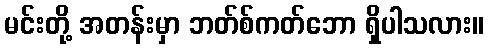
မင်းတို့ အတန်းမှာ ဘတ်စ်ကတ်ဘော ရှိပါသလား။